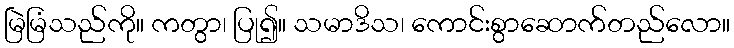
မြဲမြံသည်ကို။ ကတွာ၊ ပြု၍။ သမာဒိသ၊ ကောင်းစွာဆောက်တည်လော။